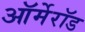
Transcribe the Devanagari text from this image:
ऑर्मेरॉड